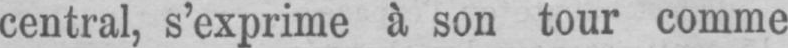
central, s’exprime à son tour comme